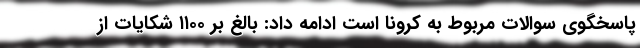
پاسخگوی سوالات مربوط به کرونا است ادامه داد: بالغ بر ۱۱۰۰ شکایات از